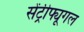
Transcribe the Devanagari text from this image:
सेंट्रीफ्यूगल